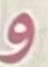
و